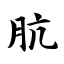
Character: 肮